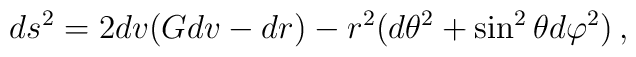
ds^2 = 2dv(G dv -dr) -r^2(d\theta^2 +\sin^2\theta d\varphi^2) \, ,